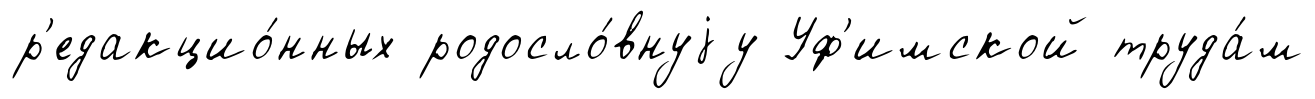
р'едакцио́нных родосло́внуjу Уф'имской труда́м